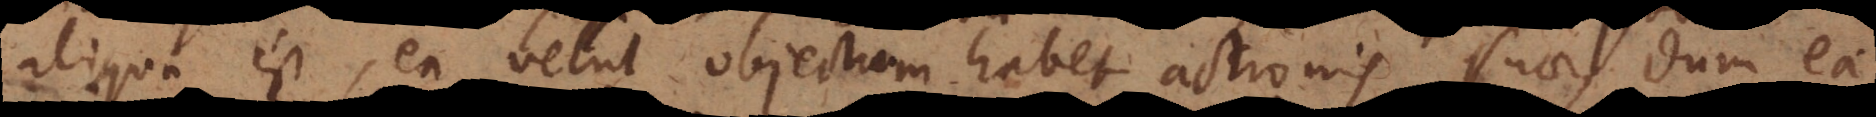
aliqua est, ea velut objectum habet actionis suae, dum ea